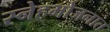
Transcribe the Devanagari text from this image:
स्नेहभोजनात